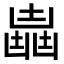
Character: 𠚛